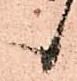
候